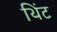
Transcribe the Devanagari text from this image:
थिंट